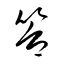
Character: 笞